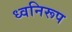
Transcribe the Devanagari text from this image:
ध्वनिरूप